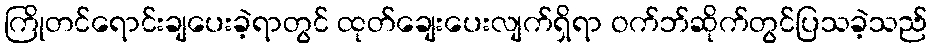
ကြိုတင်ရောင်းချပေးခဲ့ရာတွင် ထုတ်ချေးပေးလျက်ရှိရာ ဝက်ဘ်ဆိုက်တွင်ပြသခဲ့သည်